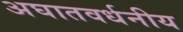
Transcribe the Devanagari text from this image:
अघातवर्धनीय